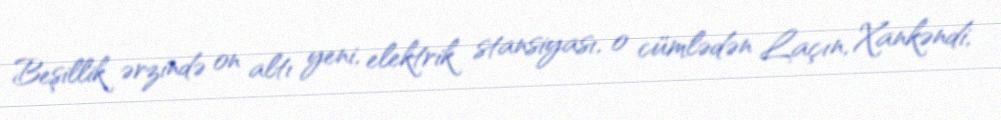
Beşillik ərzində on altı yeni, elektrik stansiyası, o cümlədən Laçın, Xankəndi,